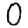
Digit: 0